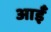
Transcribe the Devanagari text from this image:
आईँ